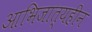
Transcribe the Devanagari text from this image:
आभिजात्यहीन